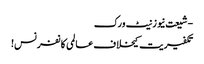
- شیعت نیوز نیٹ ورک
تکفیریت کیخلاف عالمی کانفرنس!